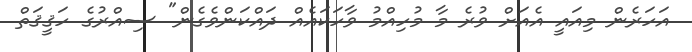
އަަހަރެން މިއައީ އެއަށް ވުރެ މާ މުހިއްމު ވާހަކައެއް ދައްކަންވެގެން" ސިއްރުގެ ހަޤީޤަތް